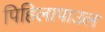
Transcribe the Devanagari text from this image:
पिहिलापाउल